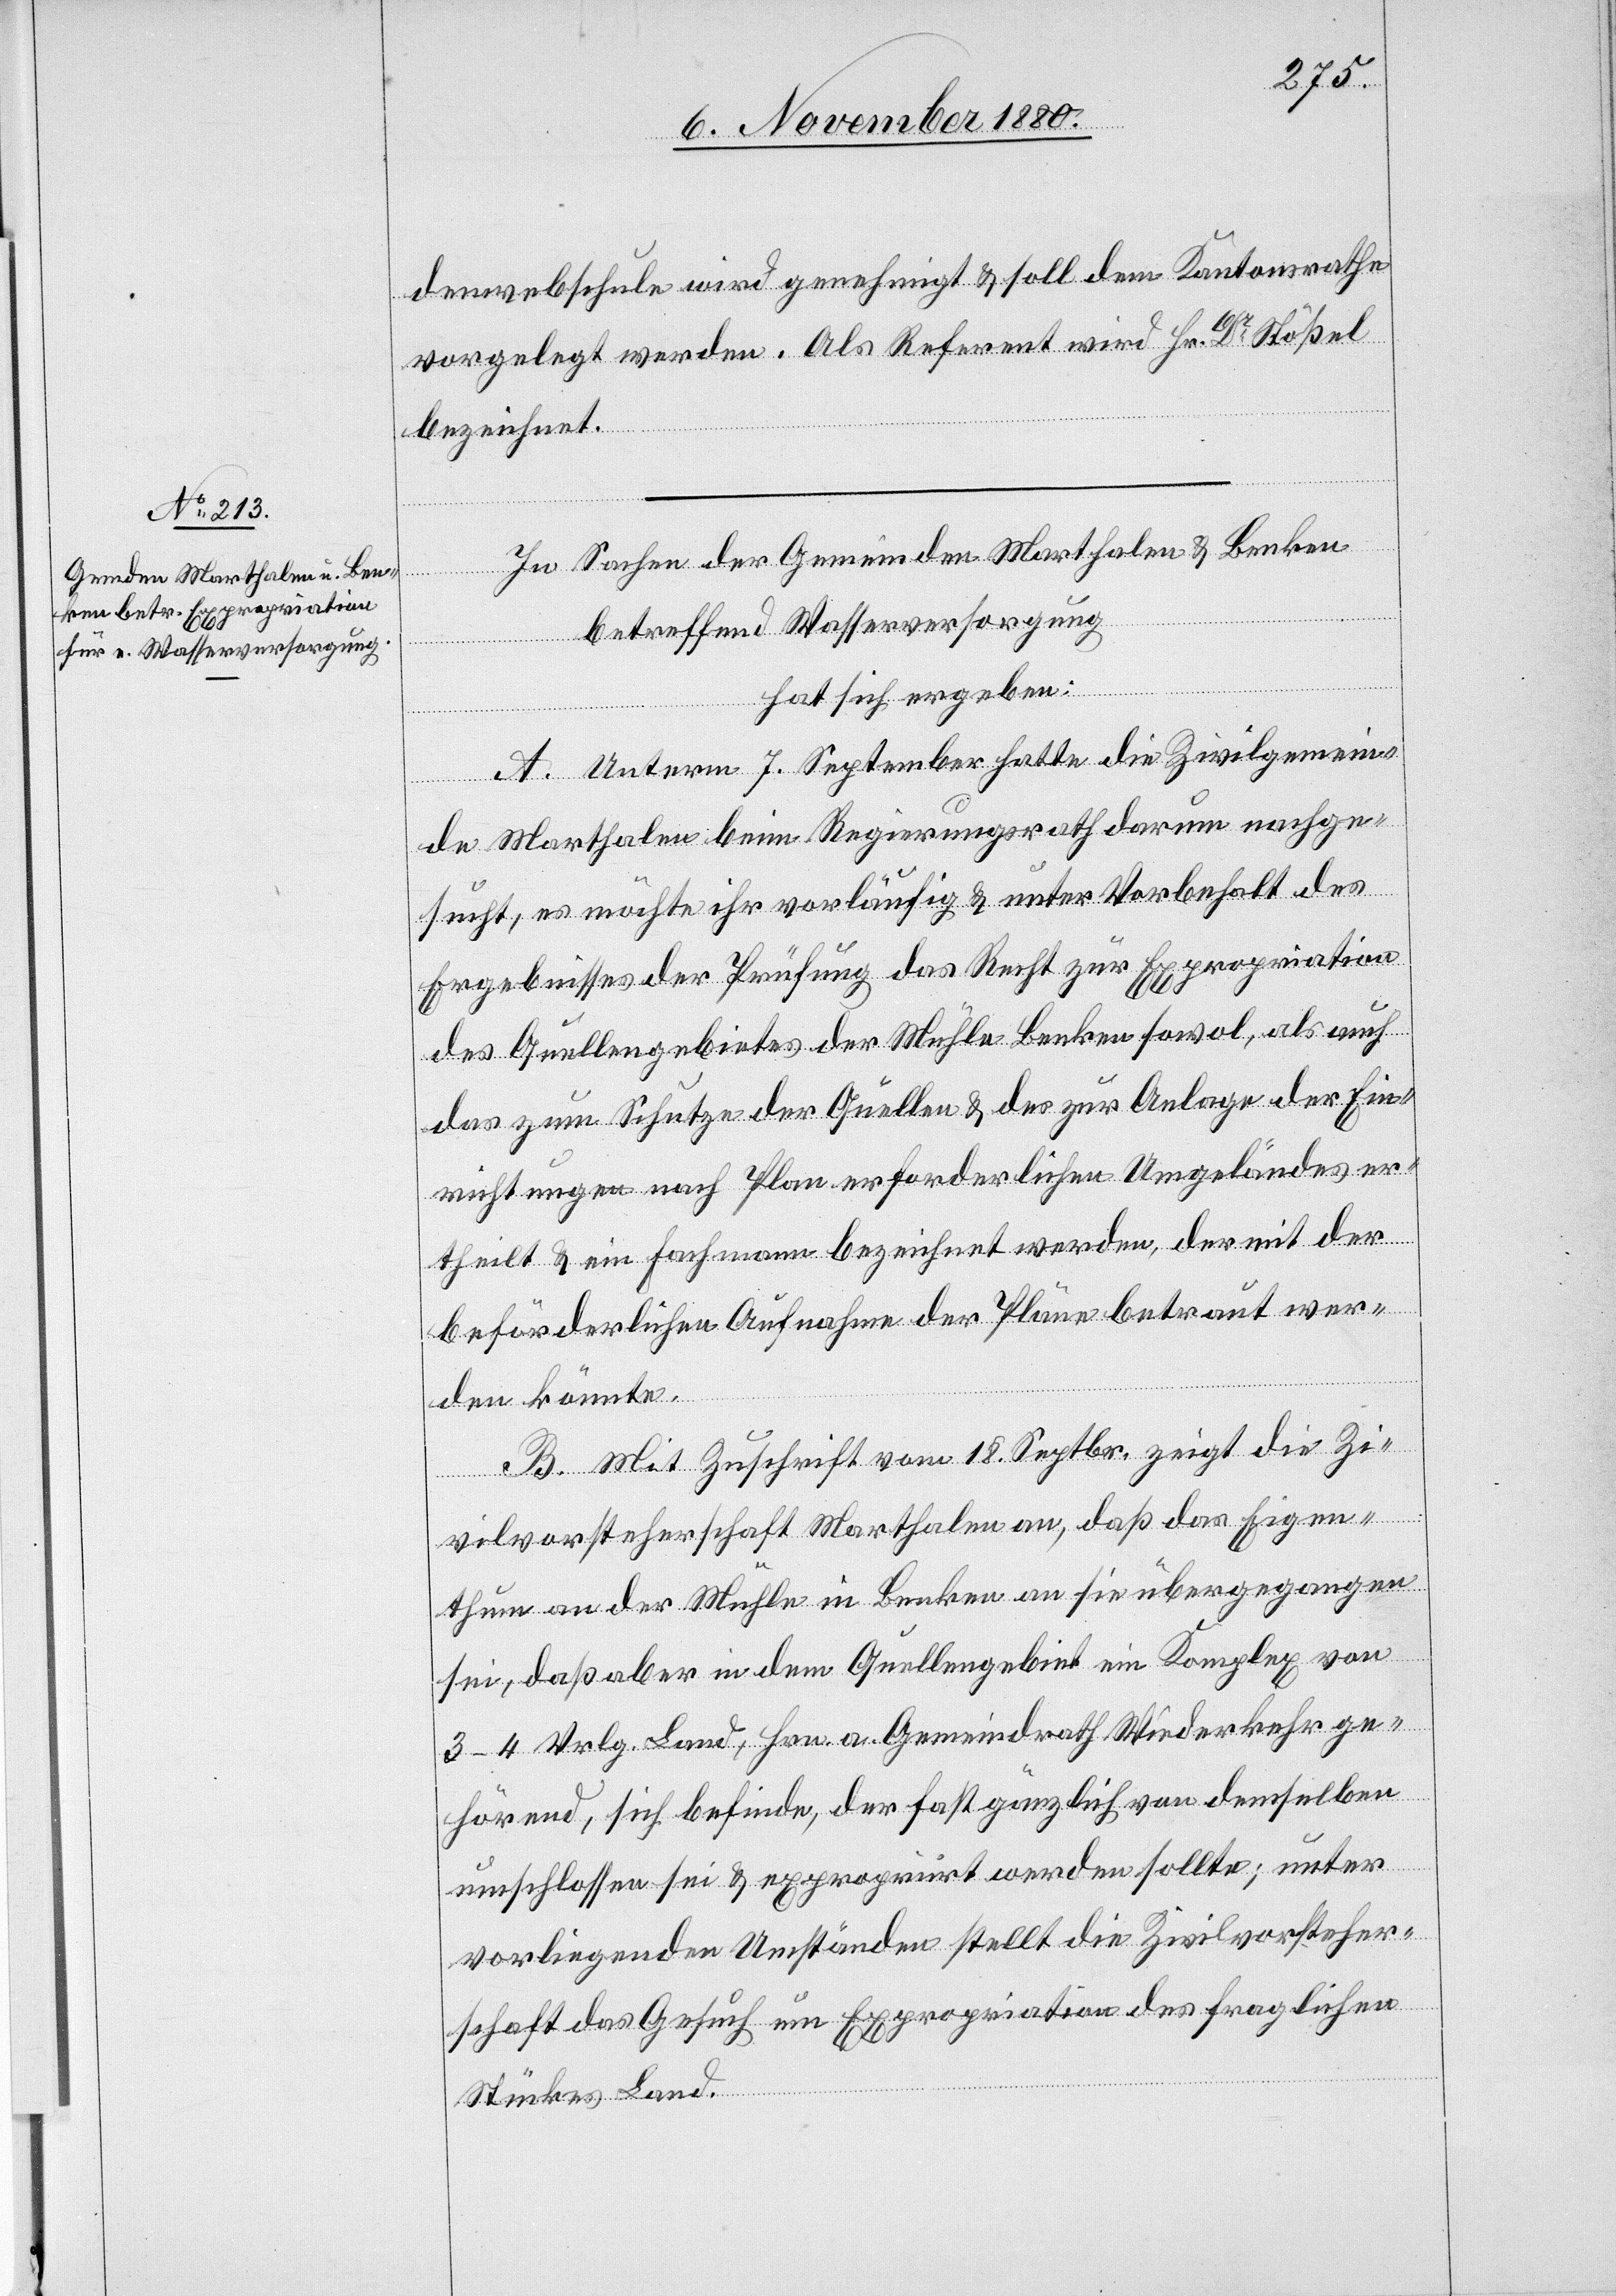
denwebschule wird genehmigt & soll dem Kantonsrathe
vorgelegt werden. Als Referent wird Hr. Dr Stößel
bezeichnet.
In Sachen der Gemeinden Marthalen & Benken
betreffend Wasserversorgung
hat sich ergeben:
A. Unterm 7. September hatte die Zivilgemein¬
de Marthalen beim Regierungsrath darum nachge¬
sucht, es möchte ihr vorläufig & unter Vorbehalt des
Ergebnisses der Prüfung das Recht zur Expropriation
des Quellengebietes der Mühle Benken sowol, als auch
das zum Schutze der Quellen & der zur Anlage der Ein¬
richtungen nach Plan erforderlichen Umgeländes er¬
theilt & ein Fachmann bezeichnet werden, der mit der
beförderlichen Aufnahme der Pläne betraut wer¬
den könnte.
B. Mit Zuschrift vom 18. Septbr. zeigt die Zi¬
vilvorsteherschaft Marthalen an, daß das Eigen¬
thum an der Mühle in Benken an sie übergegangen
sei, daß aber in dem Quellengebiet ein Komplex von
3–4 Vrlg. Land, Hrn. a. Gemeindrath Wiederkehr ge¬
hörend, sich befinde, der fast gänzlich von demselben
umschlossen sei & expropiirt werden sollte; unter
vorliegenden Umständen stellt die Zivilvorsteher¬
schaft das Gesuch um Expropriation des fraglichen
Stückes Land.